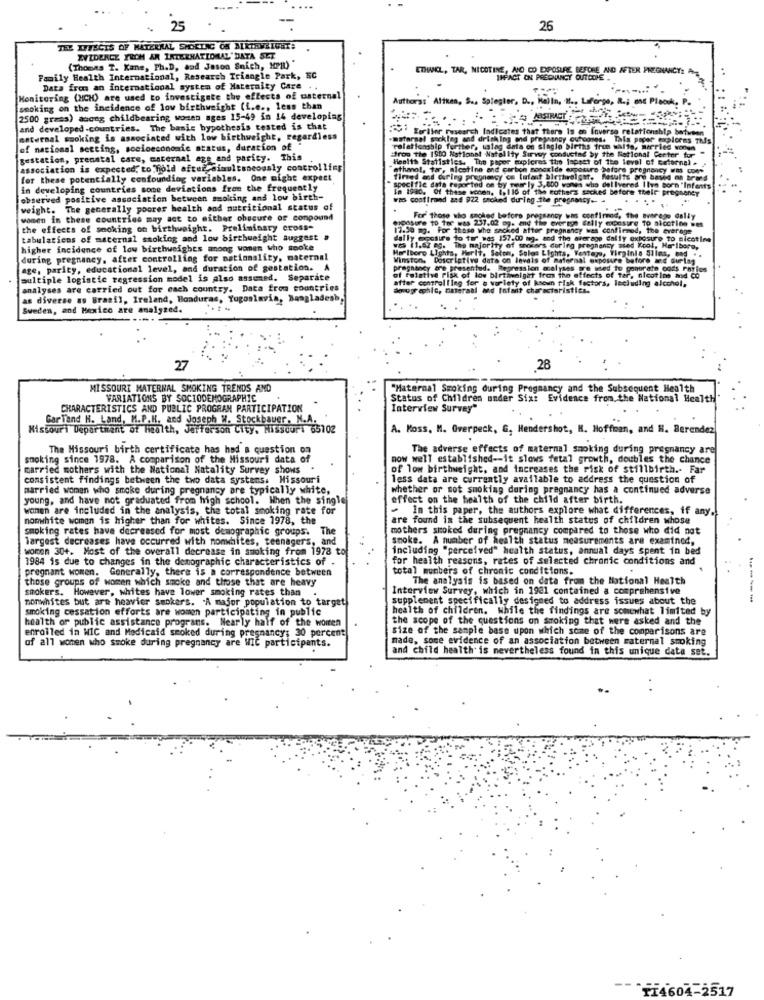
25
26
TEL EFFECTS OF MATERNAL SHOELAC OM ALKIRVALGET:
EVIDENCE FROM AN INTERNATIONAL' DATA SET
(Thomas T. Kane, Ph.D, aad Jason Snich, HP1)"
ETHANOL, TAR, NICOTINE, AND CO EXPOSURE BEFORE AND AFTER PREGNANCY: A
Family Health International, Research Triangle Park, EC
THEACT ON PREGNANCY OUTCOME ..
Data fren an international system of Maternity Care . .
Monitoring (HCH) are used to investigate the effects of maternal
Authorss' Alikes, Su. Spiegler, D ., Halla, "l ., Laforge, R .; and Plaok,
smoking on the incidence of low birthweight (i.e ., less than
2500 graas) asong childbearing women ages 15-49 in 14 developing
MOSTRA
and developed-countries. The basic hypothesis tested is that
: Taller research Indicates that there is en Inverse relationship between
entermal smoking is associated with low birthweight, regardless
.matarael sockleg and drinking and pregnancy outcomes. This paper complcens this
of nacional secting, socioeconomic status, duration of
trop the 1910 National NatalIty Survey conducted by the Rational Certer tor
relationship further, uslag data on Single births free walto, worried wonen
gestation, prenatal care, maternal age and parity. This
Health Statistics. The paper mupicres the lopeet of the level of colorna) .
association is expected, to hold after simultaneously controlling
"ethanol, tor, alcatine and carbon monoxide exposure before pregnancy was con
for these potentially confounding variables. One might expect
Tired and during pregnancy om letant birthweight. Results are based on brand
specific data reported on by meer ly 3,800 women who delivered Ilys born "Infests
in developing countries some deviations from the frequently
In 1930, Of these wonen, 1,116 of the eothers sacked before their pregnancy
observed positive association between smoking ans low birth-
was contirand and 922 smoked during the pregnancy -- -
.....
weight. The generally poorer health and nutritional status of
women in these countries may act to either obscure of compound
pipasure to toe was 237.02 og. and the everage Sally exposure to nicotine wes
For those who smoked before pregnancy was confirmed, the average dally
the effects of smoking on birthweight. Preliminary Cross-
17.30 mg. For those who sacked after pregnancy was confirmed, the everoge
tabulations of maternal smoking and low birthweight suggest
dal ly enctifs to tor was 157.00 mg. and the average daily exposure to nicotine
higher incidence of low birthweights anong wonen who sooke
Marlboro Lights, Herlt, Salon, Soloa Lights, Yentere, Virginia Slims, bod ..
was 11.67 eg. The majority of snocars during pregnancy sted Kool, Halbore,
during pregnancy, after controlling for nationality, maternal
Winston, Descriptive data on Invais of maternal exposure before and during
age, parity, educational level, and duration of gestation. A
pregnancy are presented. Regression scalyses are med to contrato cods Philos
multiple logistic regression model is also assumed. Separate
of relative risk of low birtinaiget fee the effects of tar, nicotine and co
after controlling for a variety of ksoun risk factors, lecluding alcohol,
analyses are carried out for each country. Data from countries
dorographic, materaal and Infant characteristics.
as diverse as Brasil, Ireland, Boaduras, Yugoslavia, Bangladesh,
Sweden, and Mexico are analyzed.
27
28
MISSOURI MATERNAL SMOKING TRENDS AND
"Maternal Smoking during Pregnancy and the Subsequent Health
VARIATIONS BY SOCIODEMOGRAPHIC
Status of Children under Six: Evidence from the National Health"
CHARACTERISTICS AND PUBLIC PROGRAM PARTICIPATION
Interview Survey"
Gar Tand H. Land, M.P.K. and Joseph W. Stockbauer. M.A.
Missouri Department of health, Jefferson City, Missouri 65702
A. Moss, M. Overpeck, G, Hendershot, H. Hoffman, and H. Berendez
The Missouri birth certificate has had a question on
The adverse effects of maternal smoking during pregnancy are
smoking since 1978. A comparison of the Missouri data of
now well established -- it slows fetal growth, doubles the chance
married mothers with the National Natality Survey shows
of low birthweight, and increases the risk of stillbirth .. Far
consistent findings between the two data systems. Missouri
less data are currently available to address the question of
married women who smoke during pregnancy are typically white,
whether or not smoking during pregnancy has a continued adverse
young, and have not graduated from high school. When the single
effect on the health of the child after birth.
wonen are included in the analysis, the total smoking rate for
- In this paper, the authors explore what differences, if any,
nomwhite woman is higher than for whites. Since 1978, the
are found in the subsequent health status of children whose
smoking rates have decreased for most demographic groups. The
mothers smoked during pregnancy compared to those who did not
largest decreases have occurred with nonwhites, teenagers, and
smoke. A number of health status measurements are examined,
women 30+. Most of the overall decrease in smoking from 1978 to
including "perceived" health status, annual days spent in bed
1984 is due to changes in the demographic characteristics of .
for health reasons, rates of selected chronic conditions and
pregnant women. Generally, there is a correspondence between
total mumbers of chronic conditions.
those groups of women which smoke and those that are heavy
The analysis is based on data from the National Health
smokers. However, whites have lower smoking rates than
Interview Survey, which in 1981 contained a comprehensive
nonwhites but are heavier smokers. "A major population to target
supplement specifically designed to address issues about the
------
smoking cessation efforts are women participating in public
health of children. While the findings are somewhat limited by
health of public assistance programs. Nearly half of the worten
the scope of the questions on smoking that were asked and the
enrolled in WIC and Medicaid smoked during pregnancy; 30 percent
size of the sample base upon which some of the comparisons are
made, some evidence of an association between maternal smoking
of all women who smoke during pregnancy are WIC participants.
and child health is nevertheless found in this unique data set.
TI4604-2517